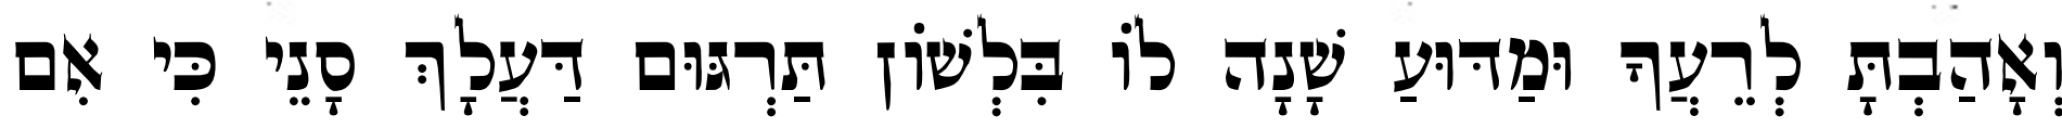
וְאָהַבְתָּ לְרֵעֲךָ וּמַדּוּעַ שָׁנָה לוֹ בִּלְשׁוֹן תַּרְגּוּם דַּעֲלָךְ סָנֵי כִּי אִם